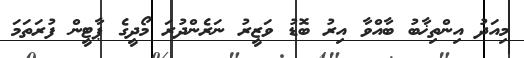
މިއަދު އިންތިޚާބު ބާއްވާ އިރު ބޮޑު ވަޒީރު ނަރެންދުރަ މޯދީގެ ޕާޓީން ފުރަތަމަ